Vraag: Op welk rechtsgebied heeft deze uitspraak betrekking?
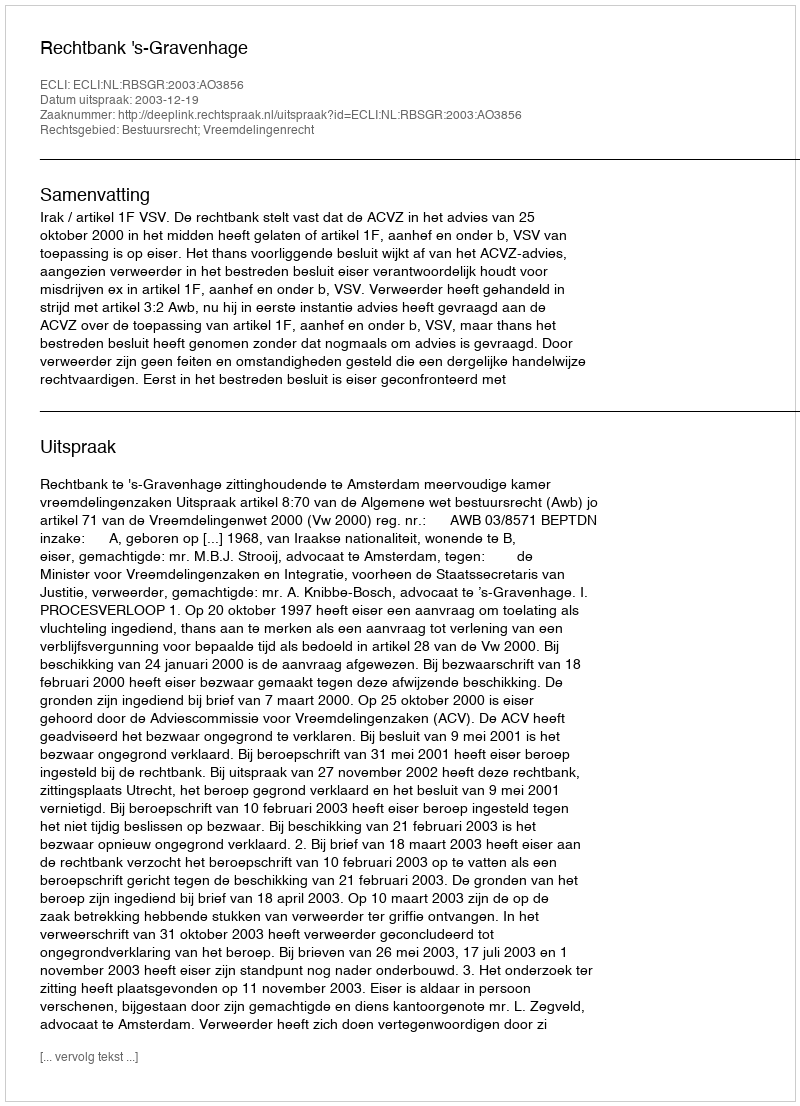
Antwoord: Bestuursrecht; Vreemdelingenrecht